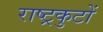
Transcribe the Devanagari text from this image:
राष्‍ट्रकुटों